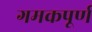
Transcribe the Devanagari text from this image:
गमकपूर्ण